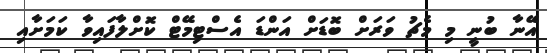
އޭނާ ބުނީ މި މެޗު ވަރަށް ބޮޑަށް އަންޑަ އެސްޓިމޭޓް ކޮށްލާފައިވާ ކަމަށާއި